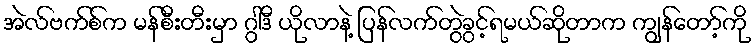
အဲလ်ဗက်စ်က မန်စီးတီးမှာ ဂွါဒီ ယိုလာနဲ့ ပြန်လက်တွဲခွင့်ရမယ်ဆိုတာက ကျွန်တော့်ကို